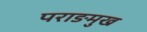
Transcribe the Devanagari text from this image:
पराङमुख